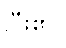
ပြီး၏။